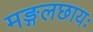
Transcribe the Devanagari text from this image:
मङ्गलछायः